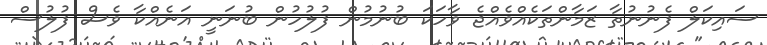
ސައިކަލް ފެނުނުތާ ޒަމާންތަކެއްވެއްޖެ ވާހަކަ ބުނުމުން ފުލުހުން ބުނަނީ އަނެއްކާ ވެސް ފުލުސް